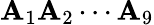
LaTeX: \mathbf{A}_{1}\mathbf{A}_{2}\dotsm\mathbf{A}_{9}